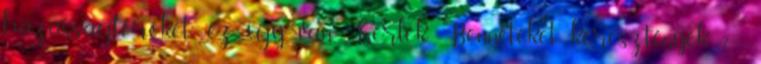
házasságtörőket.” ez így van Kérlek Benneteket keresztények ? ,